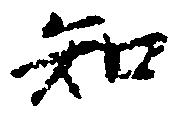
知